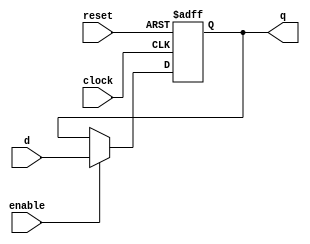
`timescale 1ns / 1ps
/*
    CocoFLASH - TANDY Color Computer 1,2,3 8MiB FLASH ROM cartridge
                with Orchestra 90 emulation

    Copyright Jim Brain and RETRO Innovations, 2015-2016

    This program is free software; you can redistribute it and/or modify
    it under the terms of the GNU General Public License as published by
    the Free Software Foundation; either version 2 of the License, or
    (at your option) any later version.

    This program is distributed in the hope that it will be useful,
    but WITHOUT ANY WARRANTY; without even the implied warranty of
    MERCHANTABILITY or FITNESS FOR A PARTICULAR PURPOSE.  See the
    GNU General Public License for more details.

    You should have received a copy of the GNU General Public License
    along with this program; if not, write to the Free Software
    Foundation, Inc., 59 Temple Place, Suite 330, Boston, MA  02111-1307  USA

    register.v: Helper function implementing variable width data register

*/

//////////////////////////////////////////////////////////////////////////////////
// Company:          RETRO Innovations
// 
// Design Name:      CocoFLASH
// Module Name:      register 
// Project Name:     CocoFLASH
// Target Devices:   any
// Tool versions:    ISE 13
//////////////////////////////////////////////////////////////////////////////////
`ifndef _register
`define _register

module register(clock, reset, enable, d, q);

parameter WIDTH = 8 ;
parameter RESET = 0 ;

input clock;
input reset;
input enable;
input [WIDTH-1:0] d;
output [WIDTH-1:0] q;
reg [WIDTH-1:0] q;
initial q = RESET;

always @ (negedge clock, posedge reset)
  begin
  if(reset)
		q <= RESET;
  else if(enable)
	   q <= d;
  end
endmodule

`endif